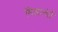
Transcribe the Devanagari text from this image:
मिसान्देई